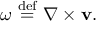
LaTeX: { \boldsymbol { \omega } } ~ { \stackrel { \mathrm { d e f } } { = } } ~ \nabla \times \mathbf { v } .